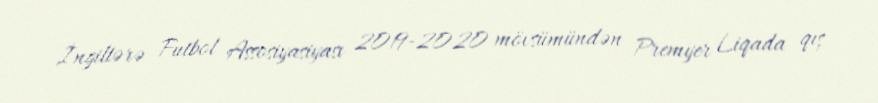
İngiltərə Futbol Assosiyasiyası 2019-2020 mövsümündən Premyer Liqada qış